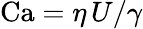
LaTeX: \mathrm{Ca}=\eta\, U/\gamma